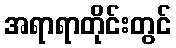
အရာရာတိုင်းတွင်